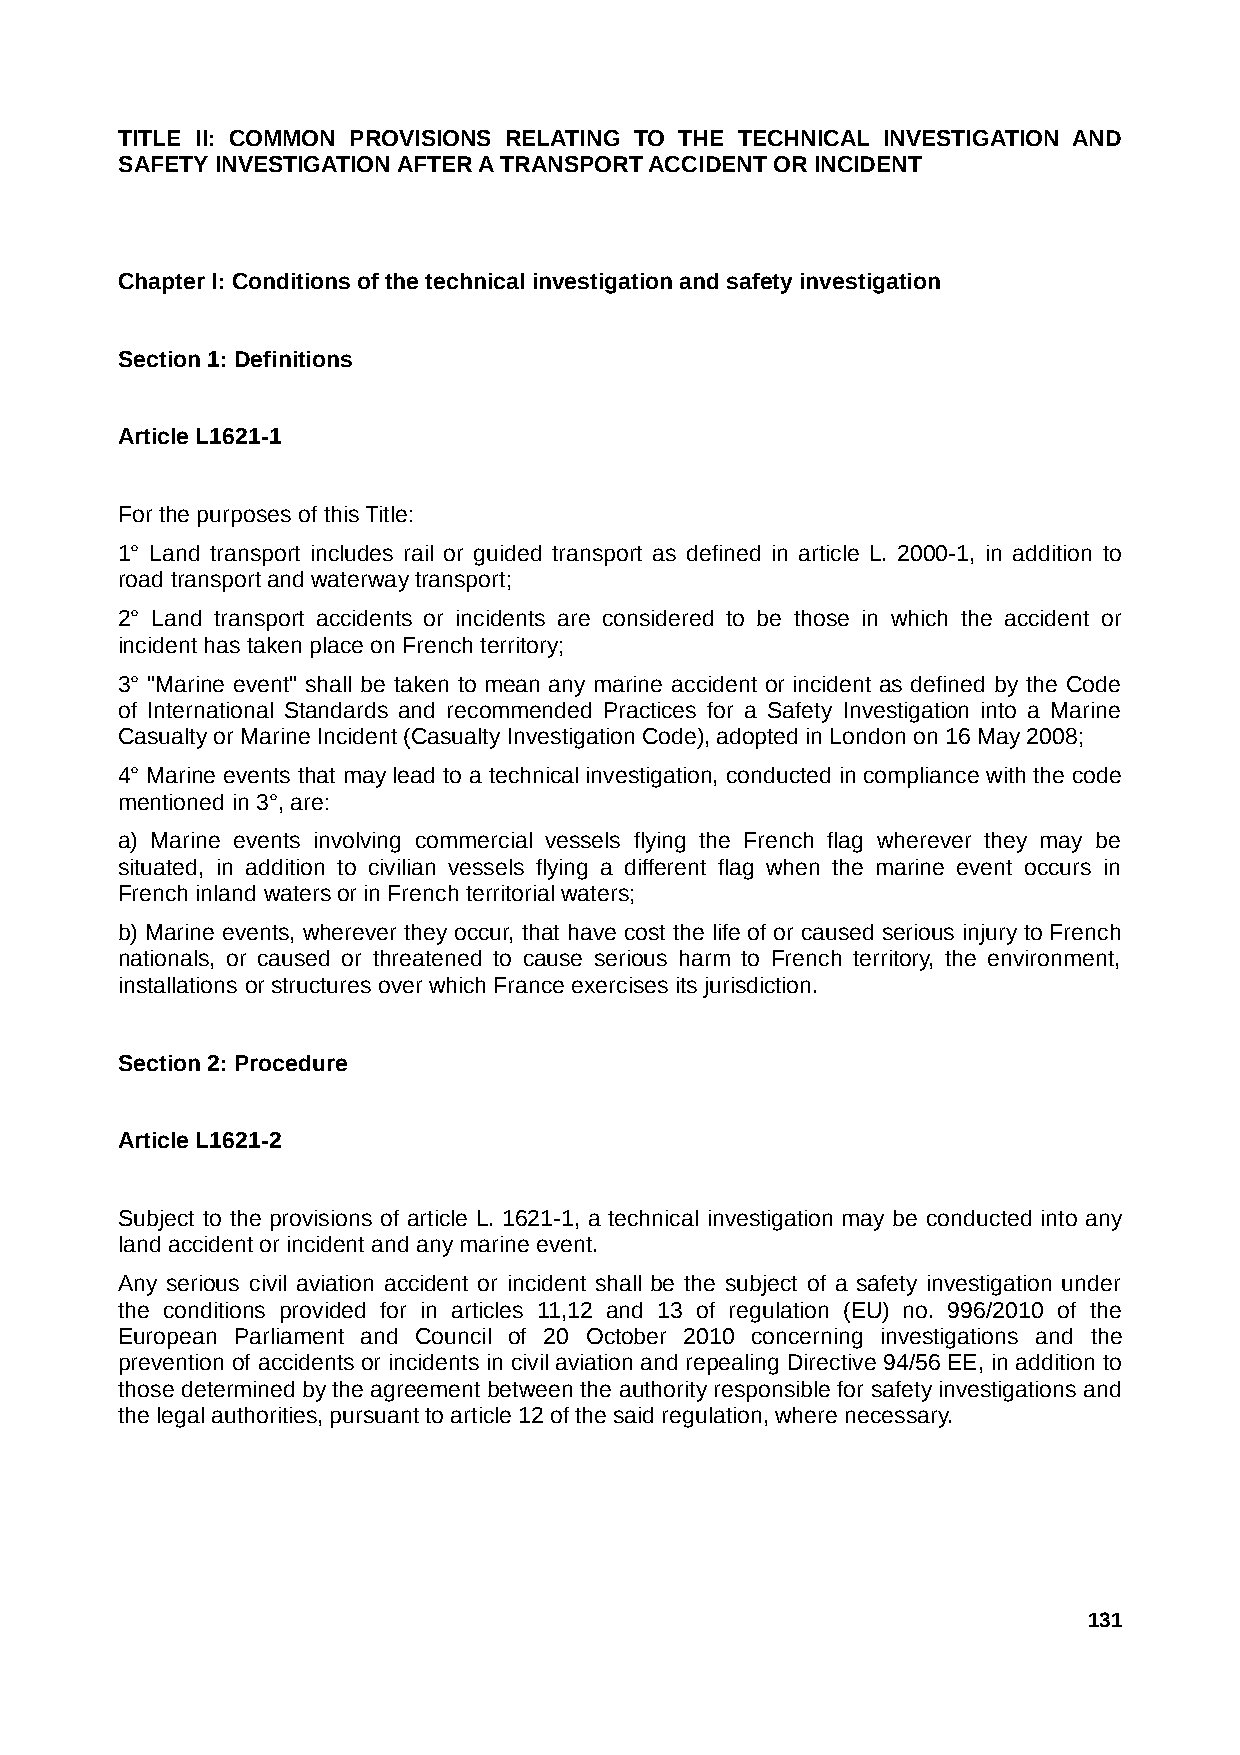
TITLE II: COMMON PROVISIONS RELATING TO THE TECHNICAL INVESTIGATION AND
 SAFETY INVESTIGATION AFTER A TRANSPORT ACCIDENT OR INCIDENT
 Chapter I: Conditions of the technical investigation and safety investigation
 Section 1: Definitions
 Article L1621-1
 For the purposes of this Title:
 1° Land transport includes rail or guided transport as defined in article L. 2000-1, in addition to
 road transport and waterway transport;
 2° Land transport accidents or incidents are considered to be those in which the accident or
 incident has taken place on French territory;
 3° "Marine event" shall be taken to mean any marine accident or incident as defined by the Code
 of International Standards and recommended Practices for a Safety Investigation into a Marine
 Casualty or Marine Incident (Casualty Investigation Code), adopted in London on 16 May 2008;
 4° Marine events that may lead to a technical investigation, conducted in compliance with the code
 mentioned in 3°, are:
 a) Marine events involving commercial vessels flying the French flag wherever they may be
 situated, in addition to civilian vessels flying a different flag when the marine event occurs in
 French inland waters or in French territorial waters;
 b) Marine events, wherever they occur, that have cost the life of or caused serious injury to French
 nationals, or caused or threatened to cause serious harm to French territory, the environment,
 installations or structures over which France exercises its jurisdiction.
 Section 2: Procedure
 Article L1621-2
 Subject to the provisions of article L. 1621-1, a technical investigation may be conducted into any
 land accident or incident and any marine event.
 Any serious civil aviation accident or incident shall be the subject of a safety investigation under
 the conditions provided for in articles 11,12 and 13 of regulation (EU) no. 996/2010 of the
 European Parliament and Council of 20 October 2010 concerning investigations and the
 prevention of accidents or incidents in civil aviation and repealing Directive 94/56 EE, in addition to
 those determined by the agreement between the authority responsible for safety investigations and
 the legal authorities, pursuant to article 12 of the said regulation, where necessary.
 131